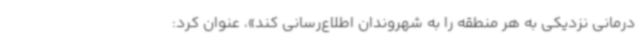
درمانی نزدیکی به هر منطقه را به شهروندان اطلاع‌رسانی کند»، عنوان کرد: